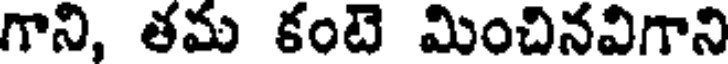
గాని, తమ కంటె మించినవిగాని